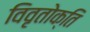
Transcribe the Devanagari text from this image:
विवृतोक्ति